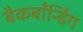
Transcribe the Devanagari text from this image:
बैकबाँन्डिंग